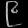
Digit: ၉